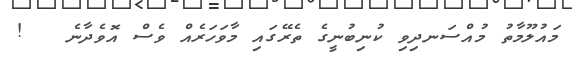
މައުލޫމާތު މުއްސަނދިވި ކުނިބުނީގެ ތެރޭގައި މާވަހަރެއް ވެސް އޮވެދާނެ   !